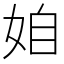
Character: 𡜍